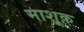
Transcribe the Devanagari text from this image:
माशूक़